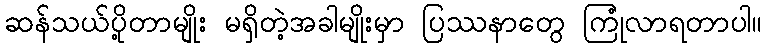
ဆန်သယ်ပို့တာမျိုး မရှိတဲ့အခါမျိုးမှာ ပြဿနာတွေ ကြုံလာရတာပါ။